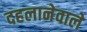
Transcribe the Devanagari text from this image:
दहलानेवाले